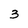
Character: 3